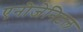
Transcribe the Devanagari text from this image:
एनोजेनिटल